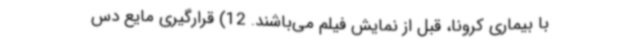
با بیماری کرونا، قبل از نمایش فیلم می‌باشند. 12) قرارگیری مایع دس